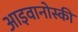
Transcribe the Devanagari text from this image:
आइवानोस्की